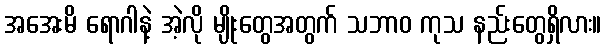
အအေးမိ ရောဂါနဲ့ အဲ့လို မျိုးတွေအတွက် သဘာဝ ကုသ နည်းတွေရှိလား။